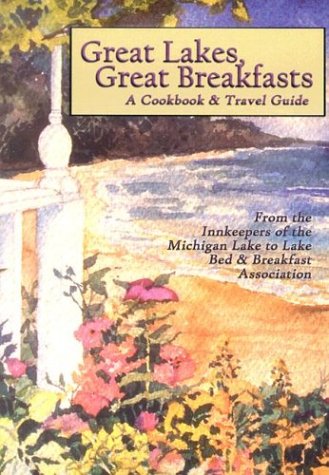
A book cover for Great Lakes, Great Breakfasts: A Cookbook & Travel Guide (Bed & Breakfast Cookbooks (Guest Cottage)); Innkeepers of the Michigan Lake to Lake Bed & Breakfast Association; Travel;